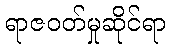
ရာဇဝတ်မှုဆိုင်ရာ